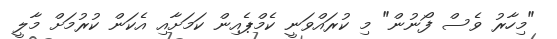
"މިހާރު ވެސް ފޯނުން" މި ކުރައްވަނީ ކެމްޕެއިން ކަމަށާއި އެކަން ކުރުމަށް މާލީ